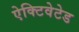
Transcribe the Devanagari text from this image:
ऐक्टिवेटेड